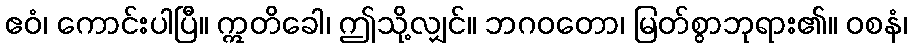
ဧဝံ၊ ကောင်းပါပြီ။ ဣတိခေါ၊ ဤသို့လျှင်။ ဘဂဝတော၊ မြတ်စွာဘုရား၏။ ဝစနံ၊